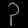
Digit: ၃